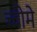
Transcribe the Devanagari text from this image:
च्चोमे